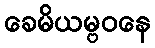
ခေမိယမ္ဗဝနေ